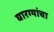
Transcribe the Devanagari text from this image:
घारग्यांचा